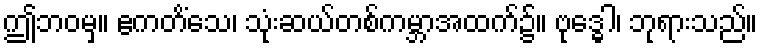
ဤဘဝမှ။ ဧကတိံသေ၊ သုံးဆယ်တစ်ကမ္ဘာအထက်၌။ ဗုဒ္ဓေါ၊ ဘုရားသည်။